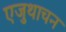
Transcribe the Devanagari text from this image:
एजुथाचन